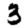
Digit: 3